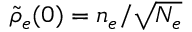
{ \widetilde \rho } _ { e } ( 0 ) = n _ { e } / \sqrt { N _ { e } }